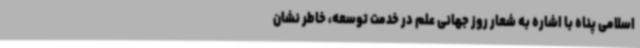
اسلامی پناه با اشاره به شعار روز جهانی علم در خدمت توسعه، خاطر نشان